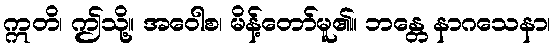
ဣတိ၊ ဤသို့။ အဝေါစ၊ မိန့်တော်မူ၏။ ဘန္တေ နာဂသေနာ၊